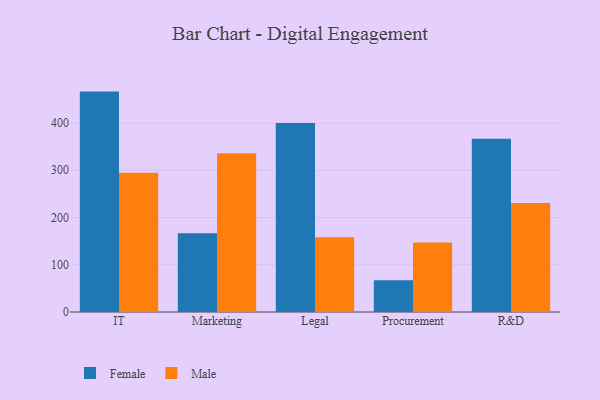
{"axis": {"x": "Department", "y": "Production Output"}, "legend": ["Female", "Male"], "data": [{"x": "IT", "y": 466.6, "type": "Female"}, {"x": "IT", "y": 294.6, "type": "Male"}, {"x": "Marketing", "y": 166.9, "type": "Female"}, {"x": "Marketing", "y": 335.9, "type": "Male"}, {"x": "Legal", "y": 399.9, "type": "Female"}, {"x": "Legal", "y": 158.3, "type": "Male"}, {"x": "Procurement", "y": 67.0, "type": "Female"}, {"x": "Procurement", "y": 147.3, "type": "Male"}, {"x": "R&D", "y": 367.0, "type": "Female"}, {"x": "R&D", "y": 230.7, "type": "Male"}]}